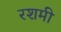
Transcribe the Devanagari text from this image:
रशमी